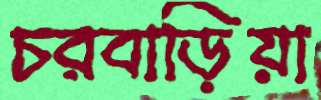
চরবাড়িয়া